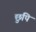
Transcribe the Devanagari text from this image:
छुपि